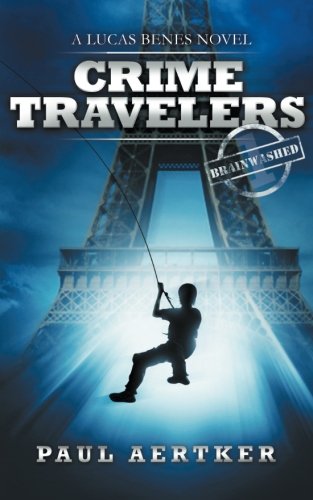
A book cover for Brainwashed (Crime Travelers Book 1); Paul Aertker; Children's Books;